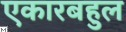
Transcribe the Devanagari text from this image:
एकारबहुल